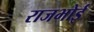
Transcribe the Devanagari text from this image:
राजभोई